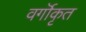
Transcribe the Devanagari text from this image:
वर्गॊकृत